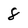
Character: 8